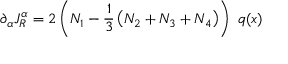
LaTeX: \partial _ { \alpha } J _ { R } ^ { \alpha } = 2 \left( N _ { 1 } - \frac { 1 } { 3 } \left( N _ { 2 } + N _ { 3 } + N _ { 4 } \right) \right) \, \, q ( x )